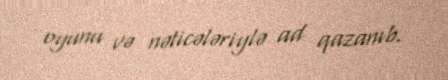
oyunu və nəticələriylə ad qazanıb.